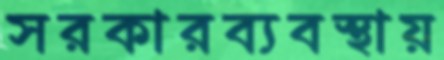
সরকারব্যবস্থায়